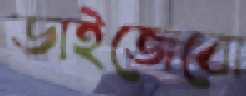
ডাইজেবো